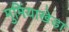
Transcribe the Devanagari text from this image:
मुमिंयाखेड़ा